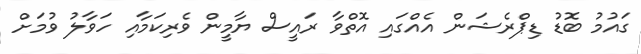
ގައުމު ބޮޑު ޑިޕްރެޝަން އެއްގައި އޮތްވާ ރައީސް ޔާމީން ވެރިކަމާއި ހަވާލު ވުމަށް